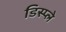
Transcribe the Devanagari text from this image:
डिस्‍प्ले